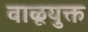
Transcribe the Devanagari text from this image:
वाळूयुक्त